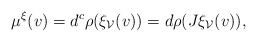
\begin{align*} \mu^\xi (v) = d^c\rho(\xi_\mathcal{V}(v)) = d\rho(J\xi_\mathcal{V}(v)), \end{align*}